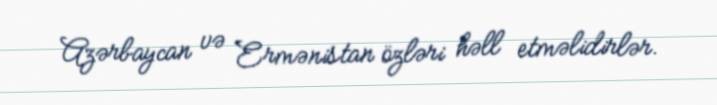
Azərbaycan və Ermənistan özləri həll etməlidirlər.